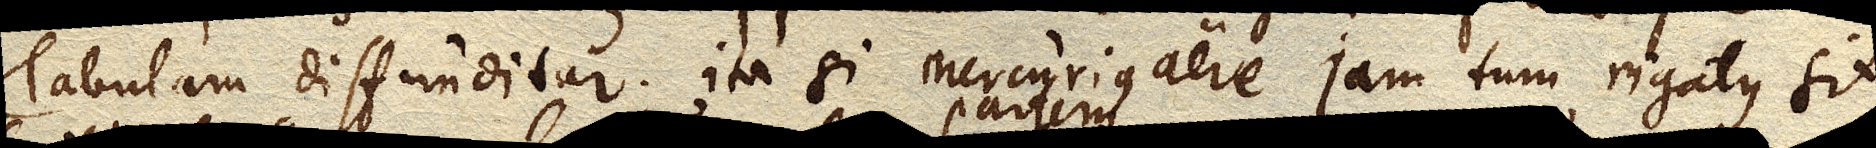
Tabulam diffunditur; ita si Mercurius aere jam tum rigatus sit,